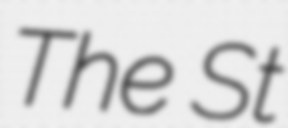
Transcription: The St